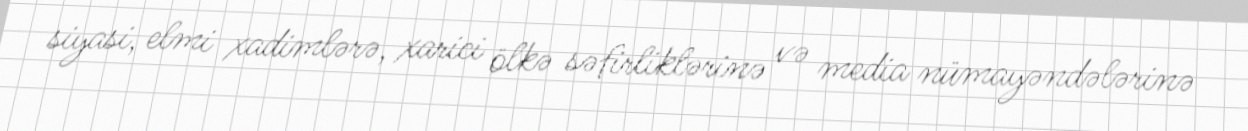
siyasi, elmi xadimlərə, xarici ölkə səfirliklərinə və media nümayəndələrinə